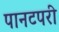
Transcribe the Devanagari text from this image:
पानटपरी